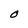
Character: O